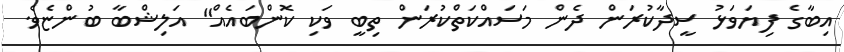
އިބާގެ ފިޔަވަޅު ސީދާކުރަން ދެން މަސައްކަތްކުރަން ތިބީ ވަކި ކޮންބައެއް" އަލިޝްބާ ބުންޏެވެ.